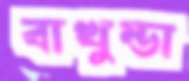
বাখুন্ডা